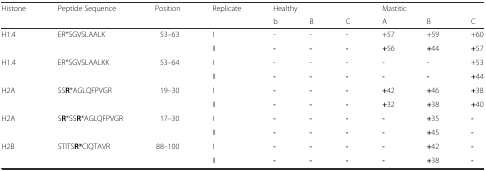
| Histone | Peptide Sequence | Position | Replicate | <COLSPAN=3> Healthy | <COLSPAN=3> Mastitic |
 |  |  |  |  | b | B | C | A | B | C |
 | --- | --- | --- | --- | --- | --- | --- | --- | --- | --- |
 | H1.4 | ER*SGVSLAALK | 53–63 | I | - | - | - | +57 | +59 | +60 |
 |  |  |  | II | - | - | - | +56 | +44 | +57 |
 | H1.4 | ER*SGVSLAALKK | 53–64 | I | - | - | - | - | - | +53 |
 |  |  |  | II | - | - | - | - | - | +44 |
 | H2A | SSR*AGLQFPVGR | 19–30 | I | - | - | - | +42 | +46 | +38 |
 |  |  |  | II | - | - | - | +32 | +38 | +40 |
 | H2A | SR*SSR*AGLQFPVGR | 17–30 | I | - | - | - | - | +35 | - |
 |  |  |  | II | - | - | - | - | +45 | - |
 | H2B | STITSR*CIQTAVR | 88–100 | I | - | - | - | - | +42 | - |
 |  |  |  | II | - | - | - | - | +38 | - |